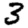
Digit: 3